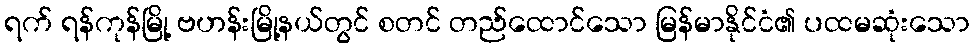
ရက် ရန်ကုန်မြို့ ဗဟန်းမြို့နယ်တွင် စတင် တည်ထောင်သော မြန်မာနိုင်ငံ၏ ပထမဆုံးသော